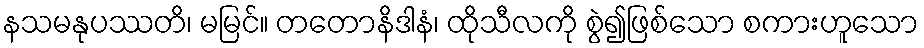
နသမနုပဿတိ၊ မမြင်။ တတောနိဒါနံ၊ ထိုသီလကို စွဲ၍ဖြစ်သော စကားဟူသော